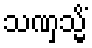
သဏှသ္မိံ